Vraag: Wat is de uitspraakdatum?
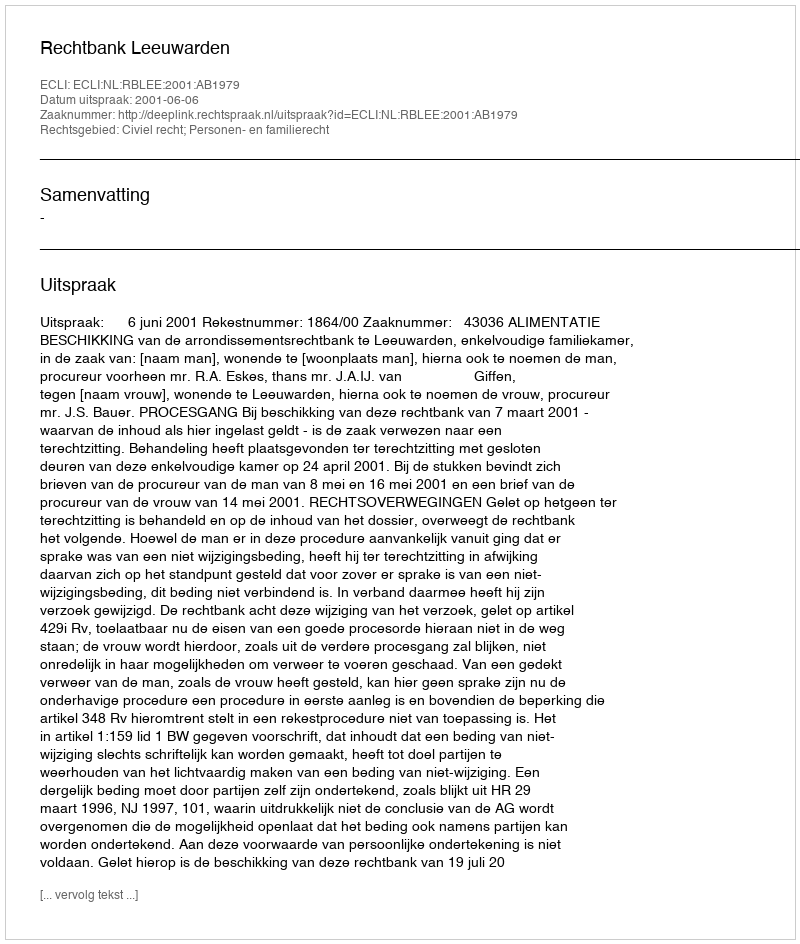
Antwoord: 2001-06-06